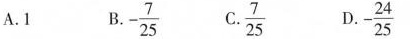
A.1 B.-\frac{7}{25} C.\frac{7}{25} D.-\frac{24}{25}